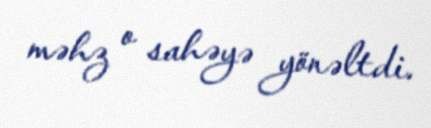
məhz o sahəyə yönəltdi.